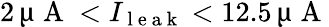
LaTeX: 2\, \upmu\mathrm{~A~}<I_{\mathrm{~l~e~a~k~}}<12.5\, \upmu\mathrm{~A~}